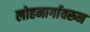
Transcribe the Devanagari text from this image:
लोहमार्गावरुन